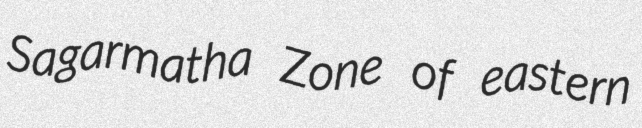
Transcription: Sagarmatha Zone of eastern